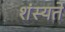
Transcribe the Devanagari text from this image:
शंस्यते